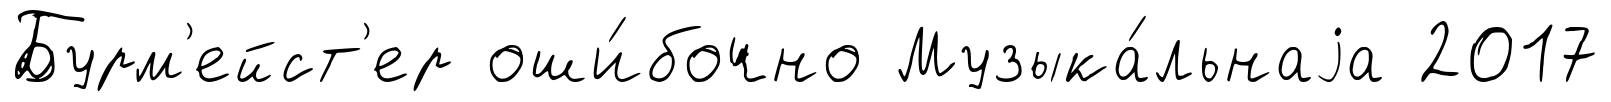
Бурм'ейст'ер оши́бочно Музыка́льнаjа 2017